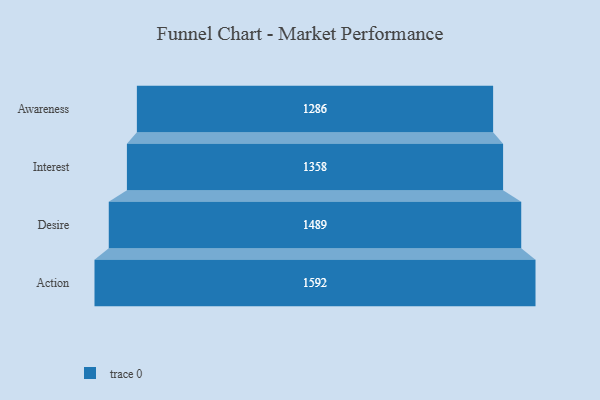
{"axis": {"x": "Stage", "y": "Value"}, "legend": [""], "data": [{"x": "Awareness", "y": 1286.0, "type": ""}, {"x": "Interest", "y": 1358.0, "type": ""}, {"x": "Desire", "y": 1489.0, "type": ""}, {"x": "Action", "y": 1592.0, "type": ""}]}